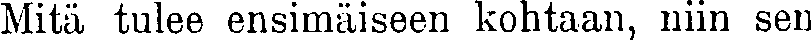
Mitä tulee ensimäiseen kohtaan, niin sen